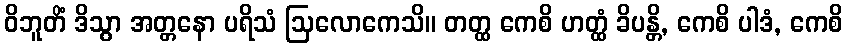
ဝိဘူတိံ ဒိသွာ အတ္တနော ပရိသံ ဩလောကေသိ။ တတ္ထ ကေစိ ဟတ္ထံ ခိပန္တိ, ကေစိ ပါဒံ, ကေစိ